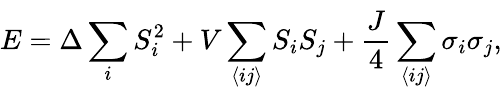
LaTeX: E=\Delta\sum_{i}^{\phantom{N}}S_{i}^{2}+V\sum_{\left\langle ij\right\rangle}S_{i}S_{j}+\frac{J}{4}\sum_{\left\langle ij\right\rangle}\sigma_{i}\sigma_{j},